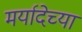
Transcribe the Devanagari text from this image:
मर्यादेच्या